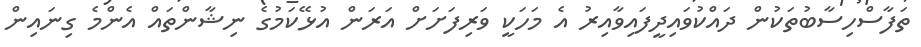
ތަފާސްހިސާބުތަކުން ދައްކުވައިދީފައިވާއިރު އެ މަހަކީ ވަރިފަށަށް އަރަން އުޅޭކަމުގެ ނިޝާންތައް އެންމެ ގިނައިން